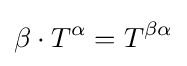
\beta \cdot T^{\alpha }=T^{\beta \alpha }